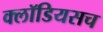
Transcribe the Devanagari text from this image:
क्लॉडियसच